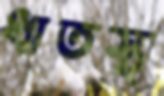
ধাতস্থ